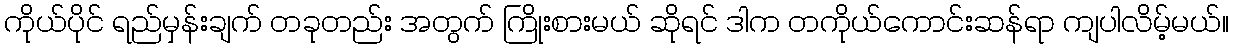
ကိုယ်ပိုင် ရည်မှန်းချက် တခုတည်း အတွက် ကြိုးစားမယ် ဆိုရင် ဒါက တကိုယ်ကောင်းဆန်ရာ ကျပါလိမ့်မယ်။